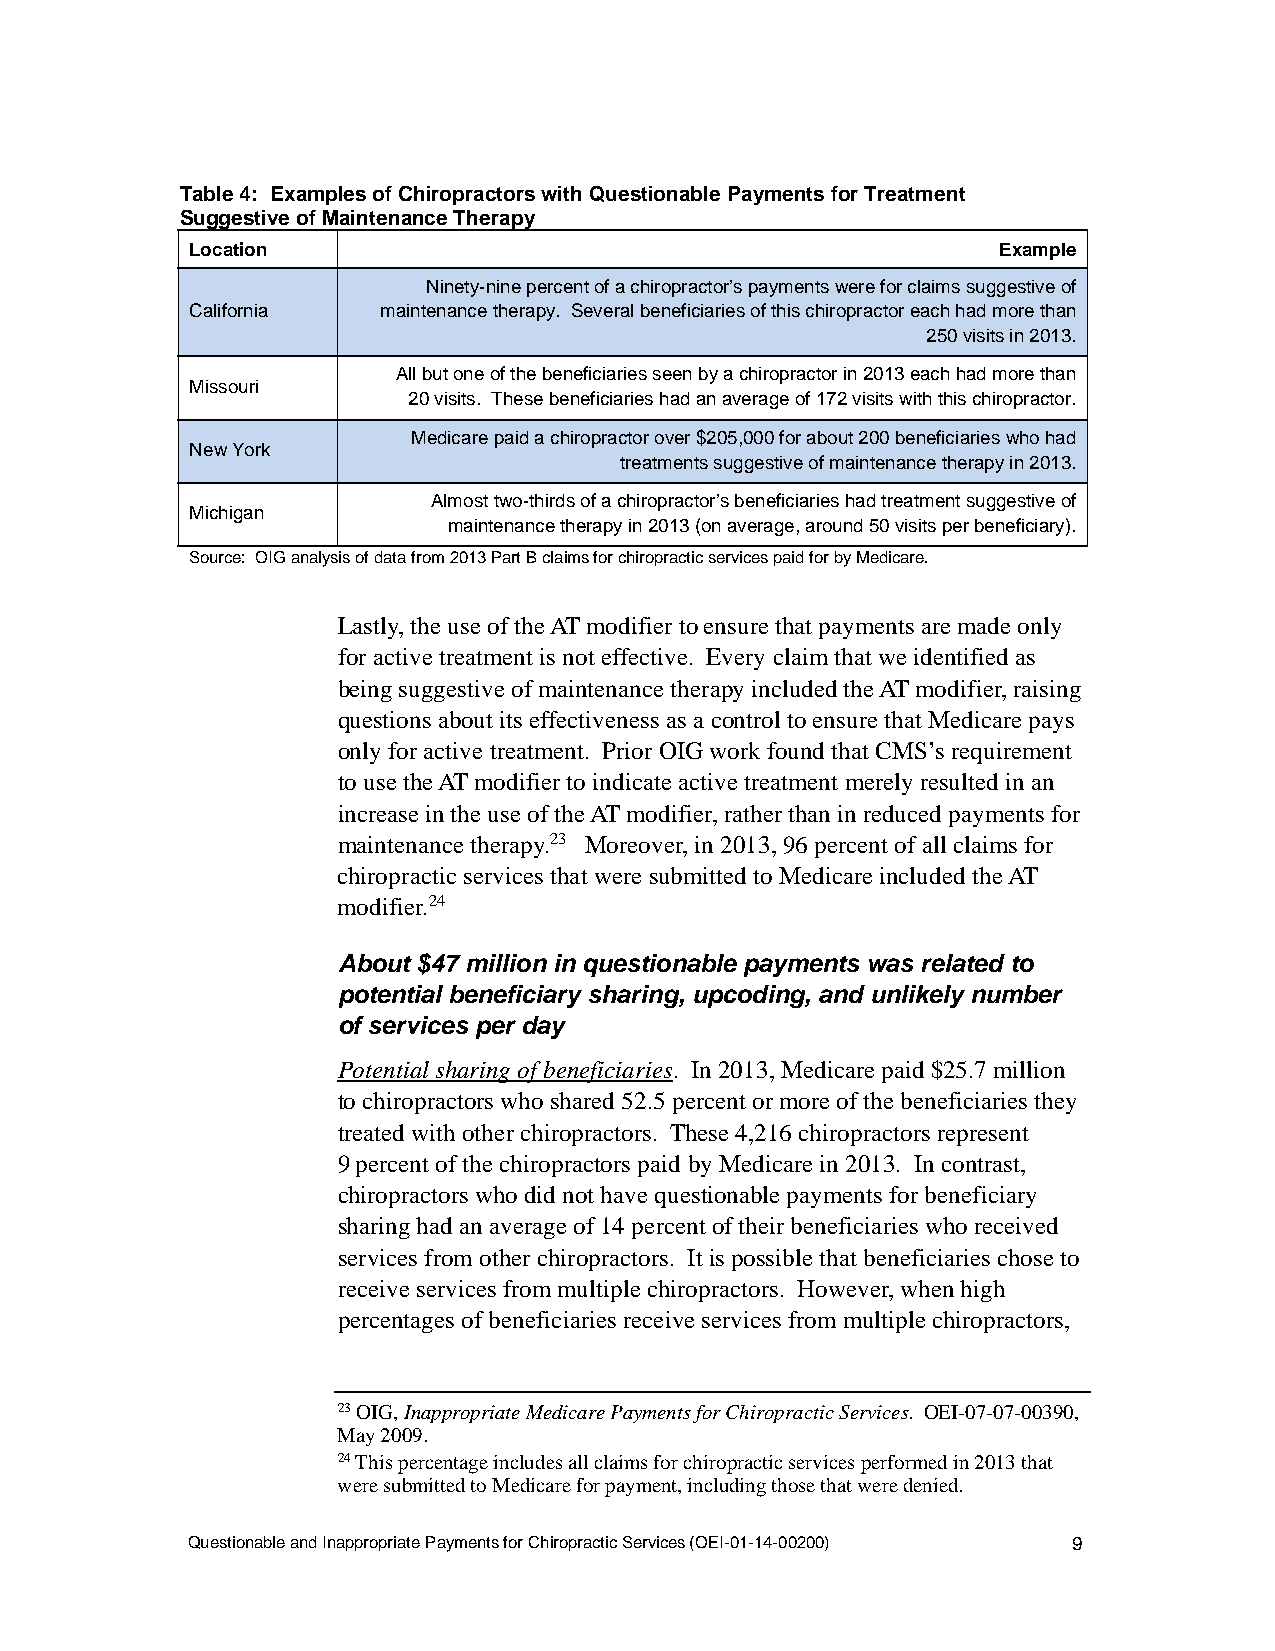
Table 4: Examples of Chiropractors with Questionable Payments for Treatment
 Suggestive of Maintenance Therapy
 Location                                             Example
 Ninety-nine percent of a chiropractor’s payments were for claims suggestive of
 California  maintenance therapy. Several beneficiaries of this chiropractor each had more than
 250 visits in 2013.
 All but one of the beneficiaries seen by a chiropractor in 2013 each had more than
 Missouri
 20 visits. These beneficiaries had an average of 172 visits with this chiropractor.
 Medicare paid a chiropractor over $205,000 for about 200 beneficiaries who had
 New York
 treatments suggestive of maintenance therapy in 2013.
 Almost two-thirds of a chiropractor’s beneficiaries had treatment suggestive of
 Michigan
 maintenance therapy in 2013 (on average, around 50 visits per beneficiary).
 Source: OIG analysis of data from 2013 Part B claims for chiropractic services paid for by Medicare.
 Lastly, the use of the AT modifier to ensure that payments are made only
 for active treatment is not effective. Every claim that we identified as
 being suggestive of maintenance therapy included the AT modifier, raising
 questions about its effectiveness as a control to ensure that Medicare pays
 only for active treatment. Prior OIG work found that CMS’s requirement
 to use the AT modifier to indicate active treatment merely resulted in an
 increase in the use of the AT modifier, rather than in reduced payments for
 maintenance therapy.23 Moreover, in 2013, 96 percent of all claims for
 chiropractic services that were submitted to Medicare included the AT
 modifier.24
 About $47 million in questionable payments was related to
 potential beneficiary sharing, upcoding, and unlikely number
 of services per day
 Potential sharing of beneficiaries. In 2013, Medicare paid $25.7 million
 to chiropractors who shared 52.5 percent or more of the beneficiaries they
 treated with other chiropractors. These 4,216 chiropractors represent
 9 percent of the chiropractors paid by Medicare in 2013. In contrast,
 chiropractors who did not have questionable payments for beneficiary
 sharing had an average of 14 percent of their beneficiaries who received
 services from other chiropractors. It is possible that beneficiaries chose to
 receive services from multiple chiropractors. However, when high
 percentages of beneficiaries receive services from multiple chiropractors,
 23 OIG, Inappropriate Medicare Payments for Chiropractic Services. OEI-07-07-00390,
 May 2009.
 24 This percentage includes all claims for chiropractic services performed in 2013 that
 were submitted to Medicare for payment, including those that were denied.
 Questionable and Inappropriate Payments for Chiropractic Services (OEI-01-14-00200) 9